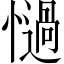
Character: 𢣄